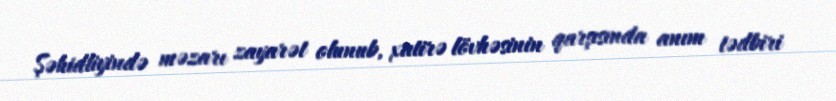
Şəhidliyində məzarı zayarət olunub, xatirə lövhəsinin qarşısında anım tədbiri